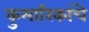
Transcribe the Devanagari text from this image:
कुमारिकांचे